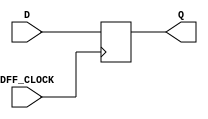
`timescale 1ns / 1ps
//////////////////////////////////////////////////////////////////////////////////
// Company: 
// Engineer: 
// 
// Design Name: 
// Module Name: dff
// Project Name: 
// Target Devices: 
// Tool Versions: 
// Description: 
// 
// Dependencies: 
// 
// Revision:
// Revision 0.01 - File Created
// Additional Comments:
// 
//////////////////////////////////////////////////////////////////////////////////


module dff(input DFF_CLOCK, D, output reg Q = 0);
    
    always @ (posedge DFF_CLOCK) begin
        Q <= D;
    end
 
endmodule